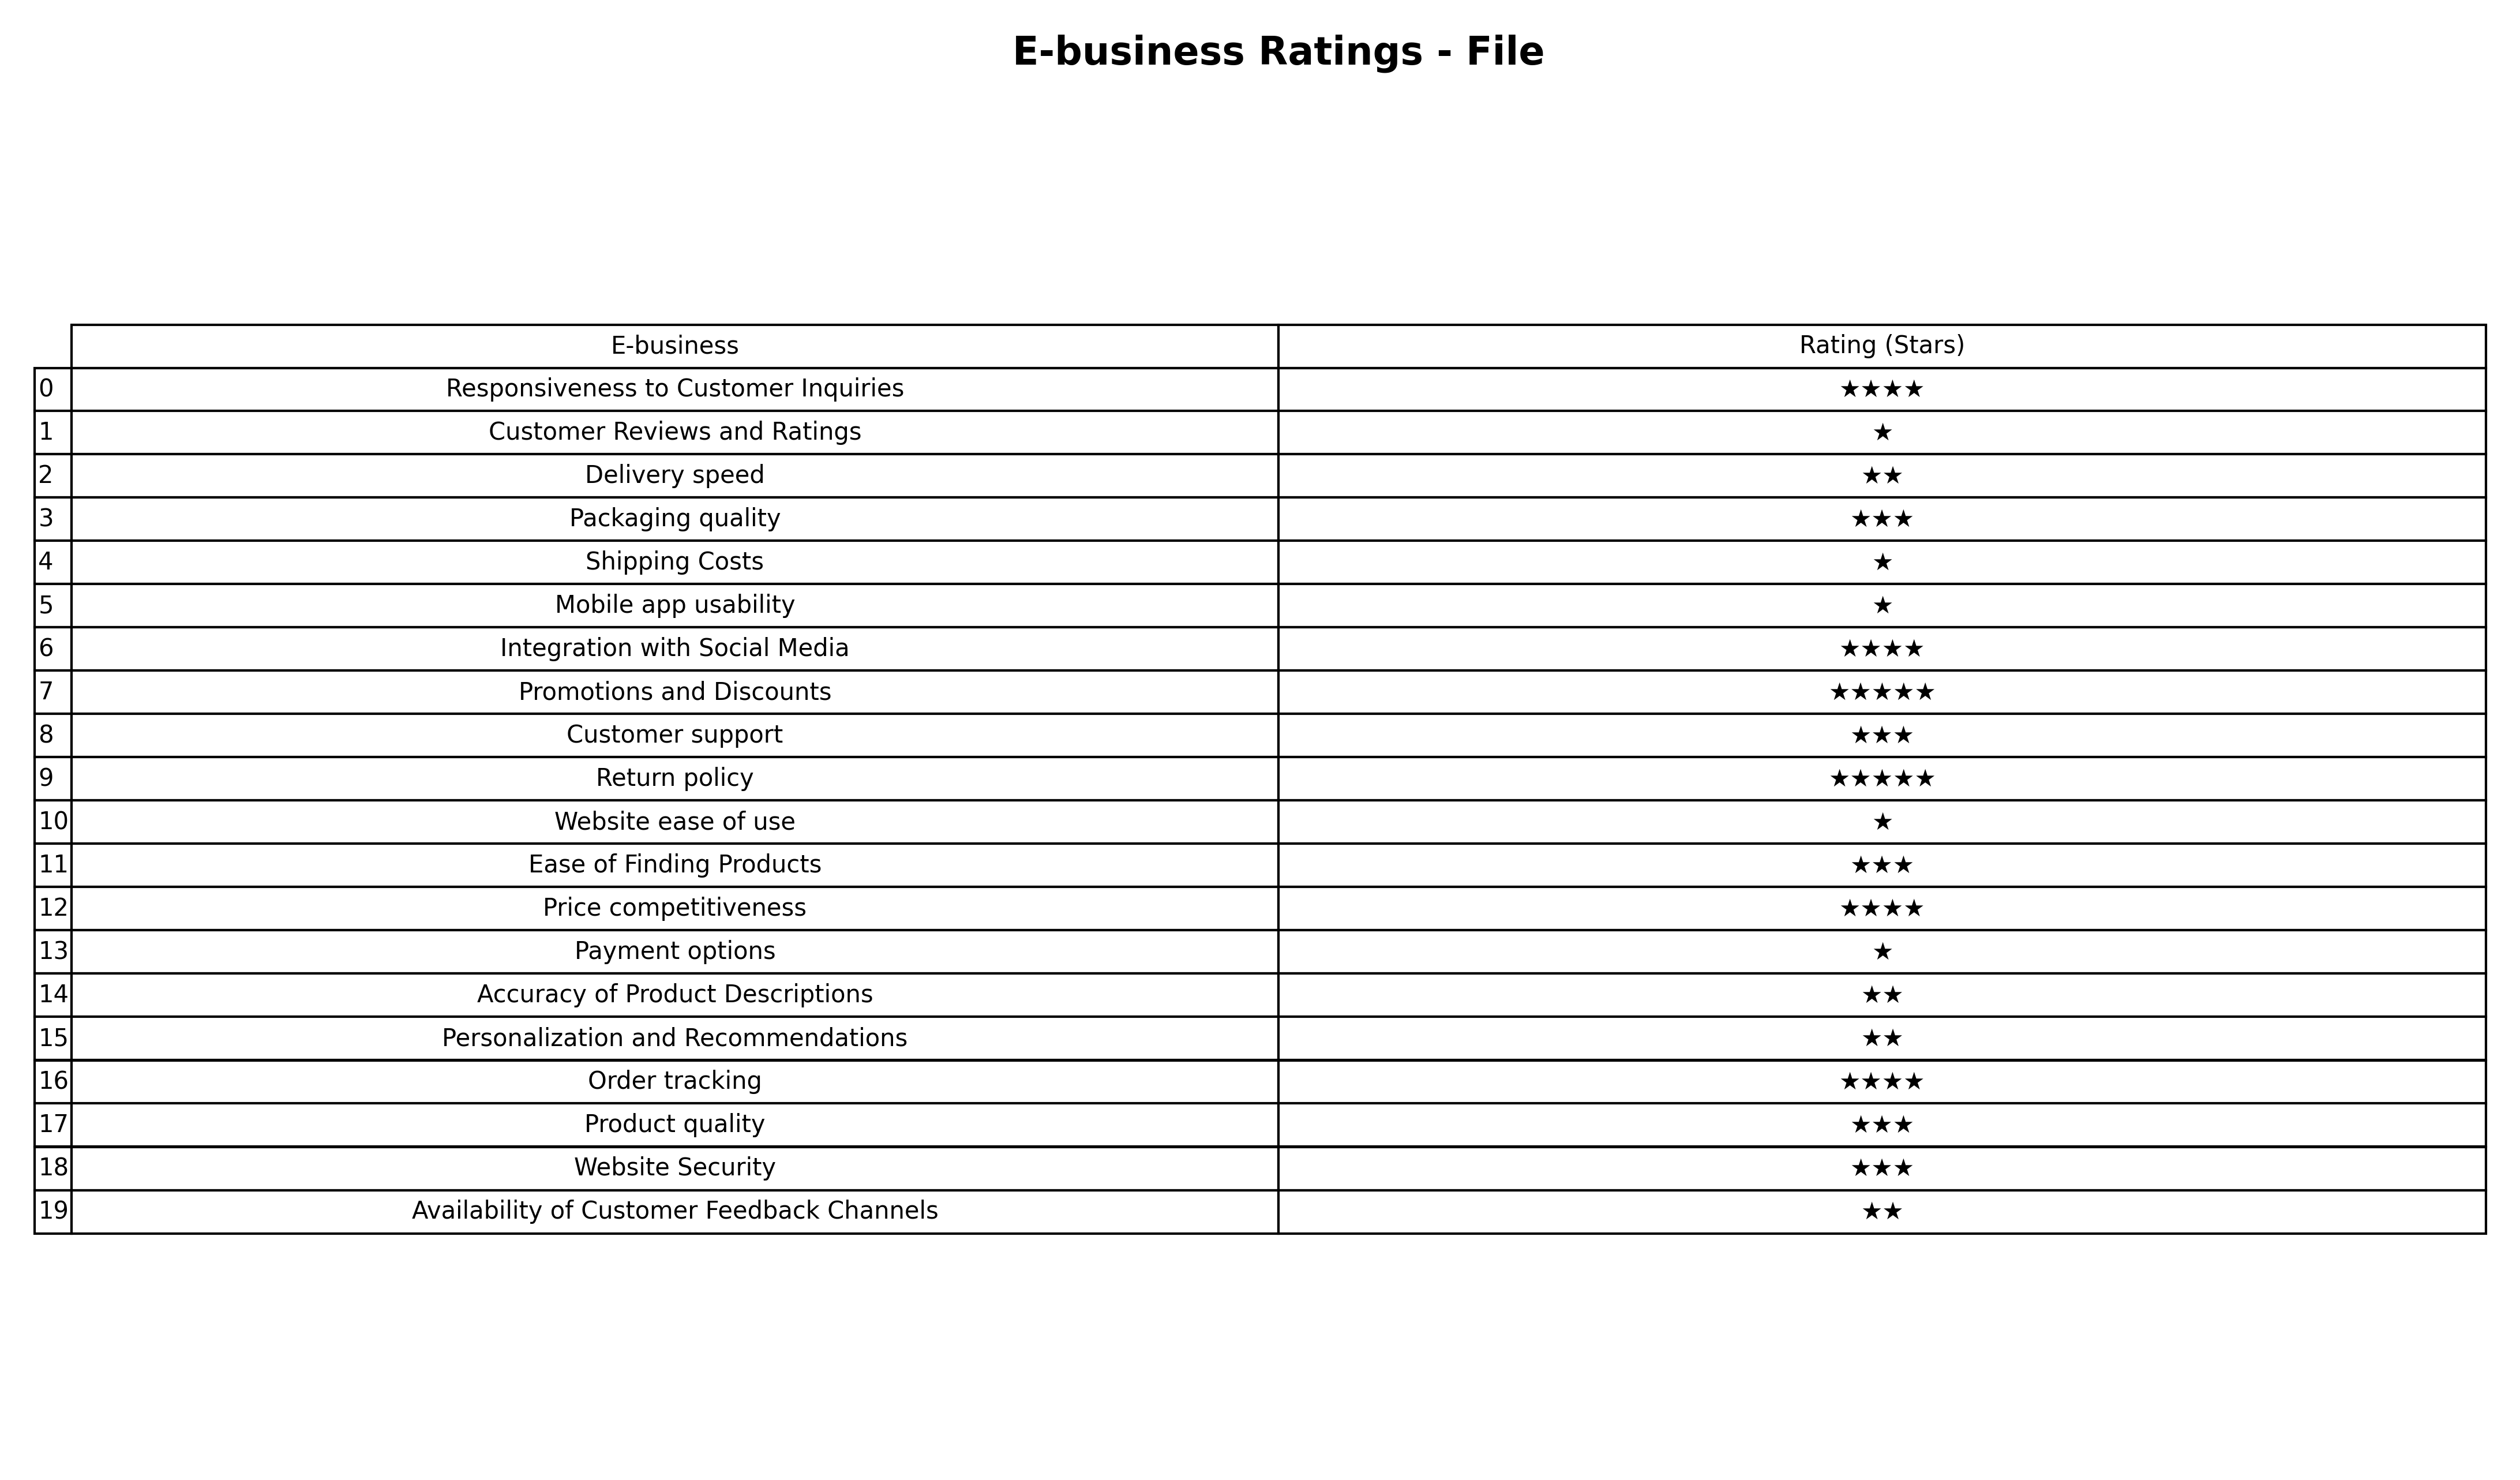
question: What are two star services?
answer: Delivery speedAccuracy of Product DescriptionsPersonalization and RecommendationsAvailability of Customer Feedback Channels